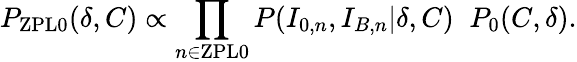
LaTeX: P_{\mathrm{ZPL0}}(\delta,C)\propto\prod_{n\in\mathrm{ZPL0}}P(I_{0,n},I_{B,n}|\delta,C)\; \; P_{0}(C,\delta).